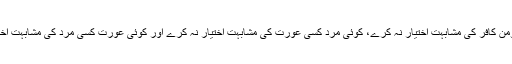
یعنی کوئی مومن کافر کی مشابہت اختیار نہ کرے، کوئی مرد کسی عورت کی مشابہت اختیار نہ کرے اور کوئی عورت کسی مرد کی مشابہت اختیار نہ کرے۔